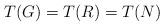
LaTeX: \begin{align*}T(G) = T(R) = T(N)\end{align*}